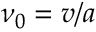
\nu _ { 0 } = v / a